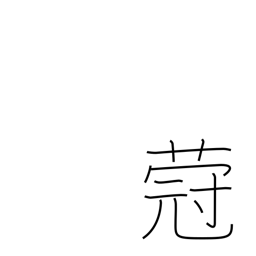
Meaning: type of plant